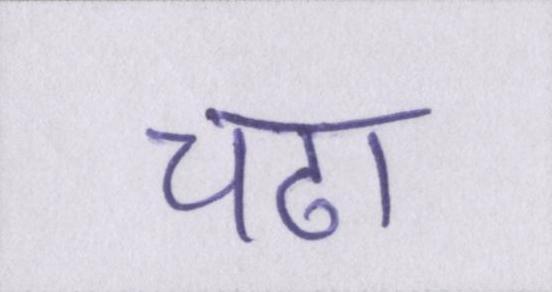
चढा